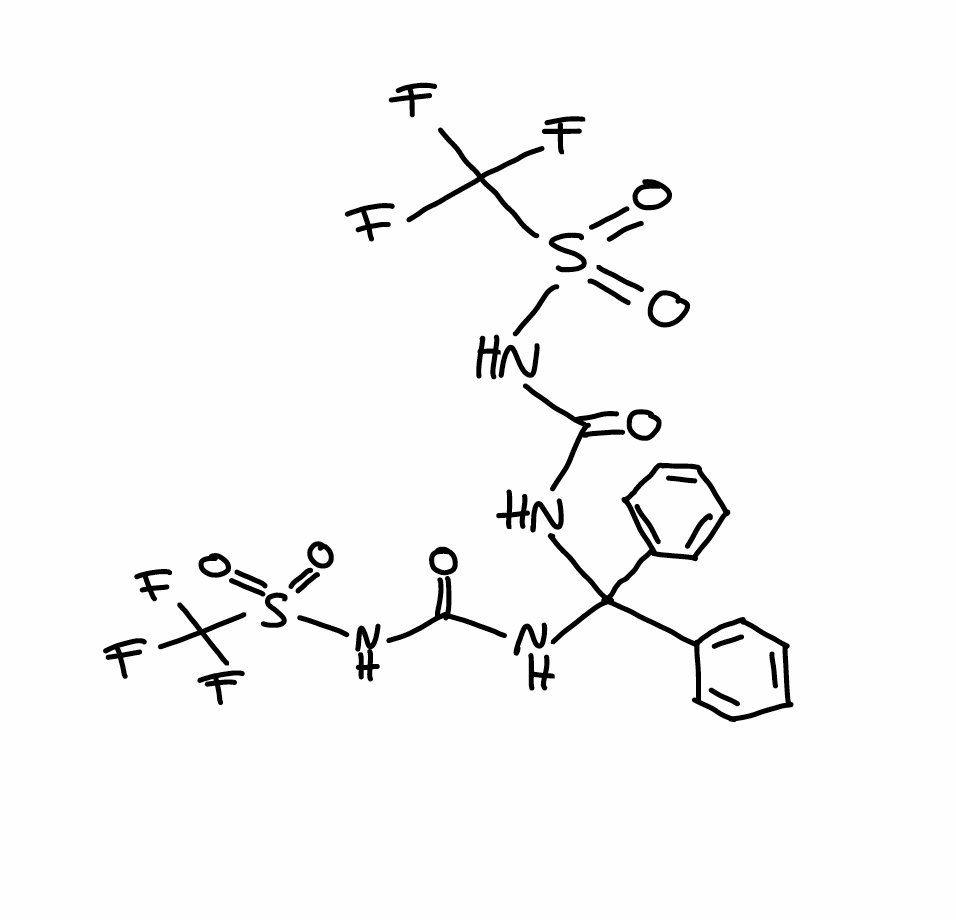
Simplified molecular-input line-entry system (SMILES) notation of the given molecule:
C1=CC=C(C=C1)C(C2=CC=CC=C2)(NC(=O)NS(=O)(=O)C(F)(F)F)NC(=O)NS(=O)(=O)C(F)(F)F